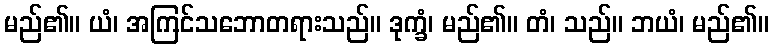
မည်၏။ ယံ၊ အကြင်သဘောတရားသည်။ ဒုက္ခံ၊ မည်၏။ တံ၊ သည်။ ဘယံ၊ မည်၏။